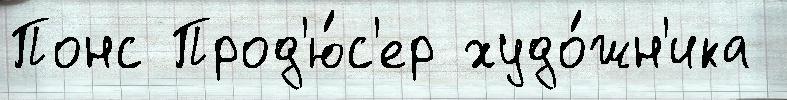
Понс Прод'ю́с'ер худо́жн'ика